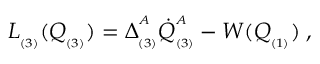
L _ { _ { ( 3 ) } } ( Q _ { _ { ( 3 ) } } ) = \Delta _ { _ { ( 3 ) } } ^ { ^ { A } } \dot { Q } _ { _ { ( 3 ) } } ^ { ^ { A } } - W ( Q _ { _ { ( 1 ) } } ) \; ,